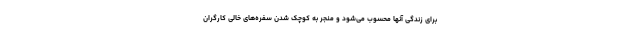
برای زندگی آنها محسوب می‌شود و منجر به کوچک شدن سفره‌های خالی کارگران